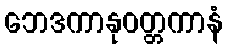
ဘေဒကာနုဝတ္တကာနံ